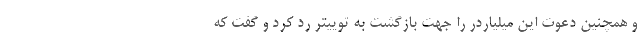
و همچنین دعوت این میلیاردر را جهت بازگشت به توییتر رد کرد و گفت که